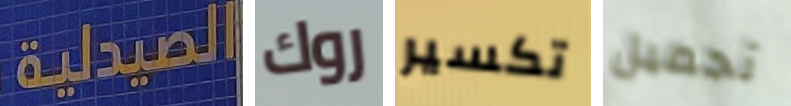
الصيدلية روك تكسير تجميل